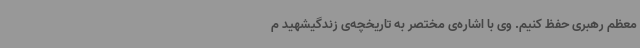
معظم رهبری حفظ کنیم. وی با اشاره‌ی مختصر به تاریخچه‌ی زندگیشهید م